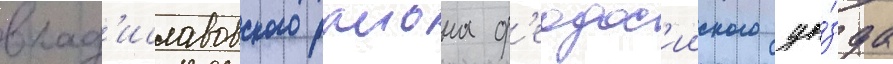
влад'иславовского раиона ф'еодос'ииского уе́зда